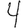
Digit: 4